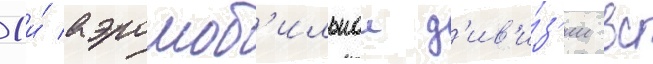
1-и́ аэромоб'ильнои д'ив'и́з'ии вс